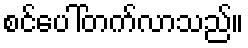
စင်ပေါ်တက်လာသည်။